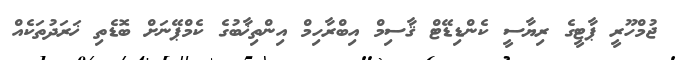
ޖުމްހޫރީ ޕާޓީގެ ރިޔާސީ ކެންޑިޑޭޓް ޤާސިމް އިބްރާހިމް އިންތިޚާބުގެ ކެމްޕޭނަށް ބޮޑެތި ޚަރަދުތަކެއް